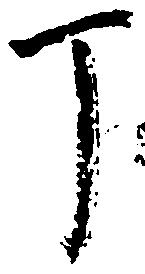
丁